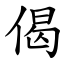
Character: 偈